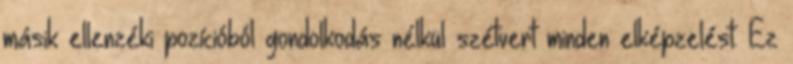
másik ellenzéki pozícióból gondolkodás nélkül szétvert minden elképzelést. Ez